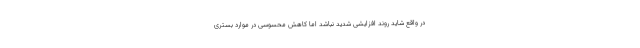
در واقع شاید روند افزایشی شدید نباشد اما کاهش محسوسی در موارد بستری